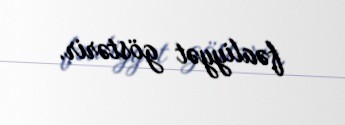
fəaliyyət göstərir.